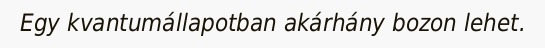
Egy kvantumállapotban akárhány bozon lehet.